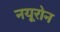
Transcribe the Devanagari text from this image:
नयूरोन